Medical and sanitary report on the native army of Bombay for the year
Year: 1878
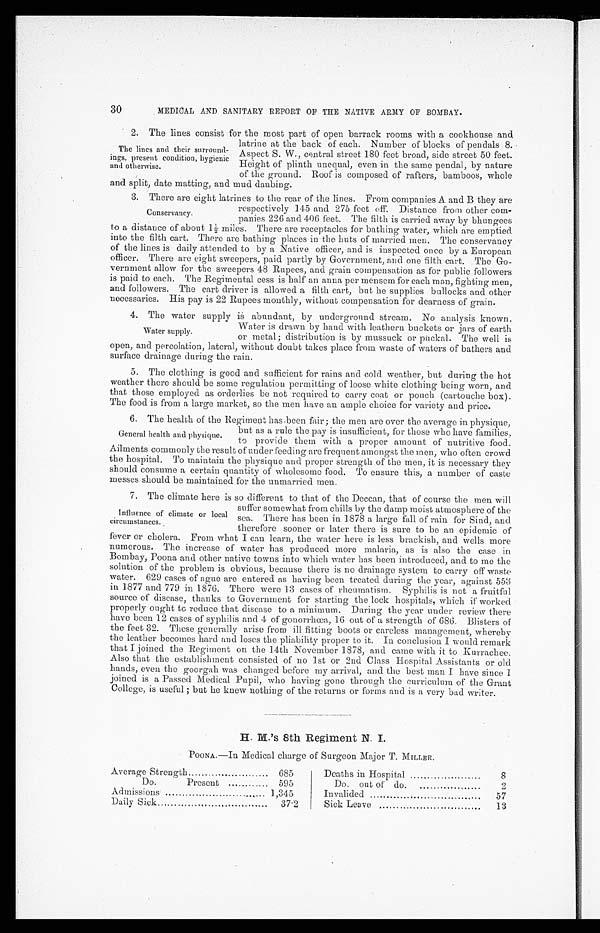
30
MEDICAL AND SANITARY REPORT OF THE NATIVE ARMY OF BOMBAY.
2. The lines consist for the most part of open barrack rooms with a cookhouse and
The lines and their surround-
ings, present condition, hygienic
and otherwise.
latrine at the back of each. Number of blocks of pendals 8.
Aspect S. W., central street 180 feet broad, side street 50 feet.
Height of plinth unequal, even in the same pendal, by nature
of the ground. Roof is composed of rafters, bamboos, whole
and split, date matting, and mud daubing.
3. There are eight latrines to the rear of the lines. From companies A and B they are
Conservancy.
respectively 145 and 275 feet off. Distance from other com-
panies 226 and 406 feet. The filth is carried away by bhungees
to a distance of about 1½ miles. There are receptacles for bathing water, which are emptied
into the filth cart. There are bathing places in the huts of married men. The conservancy
of the lines is daily attended to by a Native officer, and is inspected once by a European
officer. There are eight sweepers, paid partly by Government, and one filth cart. The Go--
vernment allow for the sweepers 48 Rupees, and grain compensation as for public followers
is paid to each. The Regimental cess is half an anna per mensem for each man, fighting men,
and followers. The cart driver is allowed a filth cart, but he supplies bullocks and other
necessaries. His pay is 22 Rupees monthly, without compensation for dearness of grain.
4. The water supply is abundant, by underground stream. No analysis known.
Water supply.
Water is drawn by hand with leathern buckets or jars of earth
or metal; distribution is by mussuck or puckal. The well is
open, and percolation, lateral, without doubt takes place from waste of waters of bathers and
surface drainage during the rain.
5. The clothing is good and sufficient for rains and cold weather, but during the hot
weather there should be some regulation permitting of loose white clothing being worn, and
that those employed as orderlies be not required to carry coat or pouch (cartouche box).
The food is from a large market, so the men have an ample choice for variety and price.
6. The health of the Regiment has been fair; the men are over the average in physique,
General health and physique.
but as a rule the pay is insufficient, for those who have families,
to provide them with a proper amount of nutritive food.
Ailments commonly the result of' under feeding are frequent amongst the men, who often crowd
the hospital. To maintain the physique and proper strength of the men, it is necessary they
should consume a certain quantity of wholesome food. To ensure this, a number of caste
messes should be maintained for the unmarried men.
7. The climate here is so different to that of the Deccan, that of course the men will
Influence of climate or local
circumstances.
suffer somewhat from chills by the damp moist atmosphere of the
sea. There has been in 1878 a large fall of rain for Sind, and
therefore sooner or later there is sure to be an epidemic of
fever or cholera. From what I can learn, the water here is less brackish, and wells more
numerous. The increase of water has produced more malaria, as is also the case in
Bombay, Poona and other native towns into which water has been introduced, and to me the
solution of the problem is obvious, because there is no drainage system to carry off waste
water. 629 cases of ague are entered as having been treated during the year, against 553
in 1877 and 779 in 1876. There were 13 cases of rheumatism. Syphilis is not a fruitful
source of disease, thanks to Government for starting the lock hospitals, which if worked
properly ought to reduce that disease to a minimum. During the year under review there
have been 12 cases of syphilis and 4 of gonorrhœa, 16 out of a strength of 686. Blisters of
the feet 32. These generally arise from ill fitting boots or careless management, whereby
the leather becomes hard and loses the pliability proper to it. In conclusion I would remark
that I joined the Regiment on the 14th November 1878, and came with it to Kurrachee.
Also that the establishment consisted of no 1st or 2nd Class Hospital Assistants or old
hands, even the goorgah was changed before my arrival, and the best man I have since I
joined is a Passed Medical Pupil, who having gone through the curriculum of the Grant
College, is useful; but he knew nothing of the returns or forms and is a very bad writer.
H. M. ' s 8 t h Re g i me n t N. I .
POONA.—In Medical charge of Surgeon Major T. MILLER.
Average Strength
685
Deaths in Hospital
8
Do.
Present
595
Do. out of do.
2
Admissions
1,345
Invalided
57
Daily Sick
37.2
Sick Leave
13